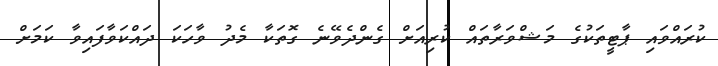
ކުރައްވައި ޕާޓީތަކުގެ މަޝްވަރާތައް ކުރިއަށް ގެންދެވޭނެ ގޮތަކާ މެދު ވާހަކަ ދައްކަވާފައިވާ ކަމަށް